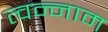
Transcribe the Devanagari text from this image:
त्वन्नाम